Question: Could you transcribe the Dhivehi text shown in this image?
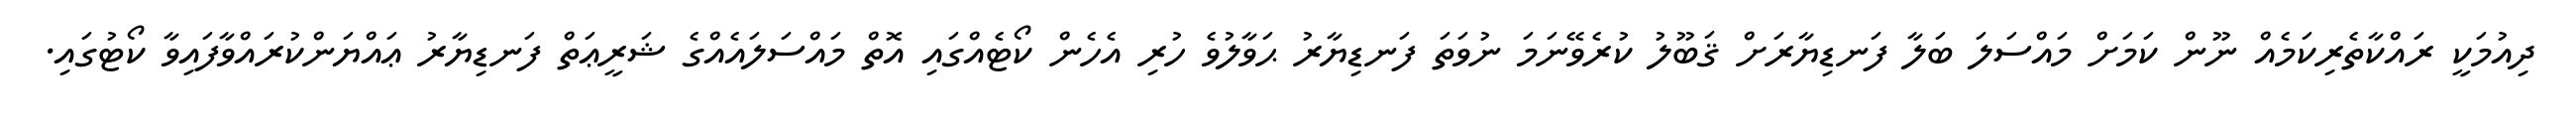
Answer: ދިއުމަކީ ރައްކާތެރިކަމެއް ނޫން ކަމަށް މައްސަލަ ބަލާ ފަނޑިޔާރަށް ޤަބޫލު ކުރެވޭނަމަ ނުވަތަ ފަނޑިޔާރު ޙަވާލުވެ ހުރި އެހެން ކޯޓެއްގައި އޮތް މައްސަލައެއްގެ ޝަރީޢަތް ފަނޑިޔާރު ޢައްޔަންކުރައްވާފައިވާ ކޯޓުގައި.